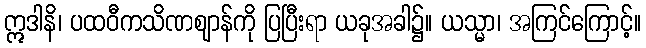
ဣဒါနိ၊ ပထဝီကသိဏဈာန်ကို ပြပြီးရာ ယခုအခါ၌။ ယသ္မာ၊ အကြင်ကြောင့်။